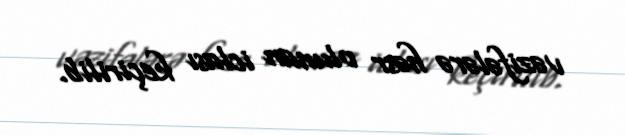
vəzifələrə həsr olunan iclası keçirilib.